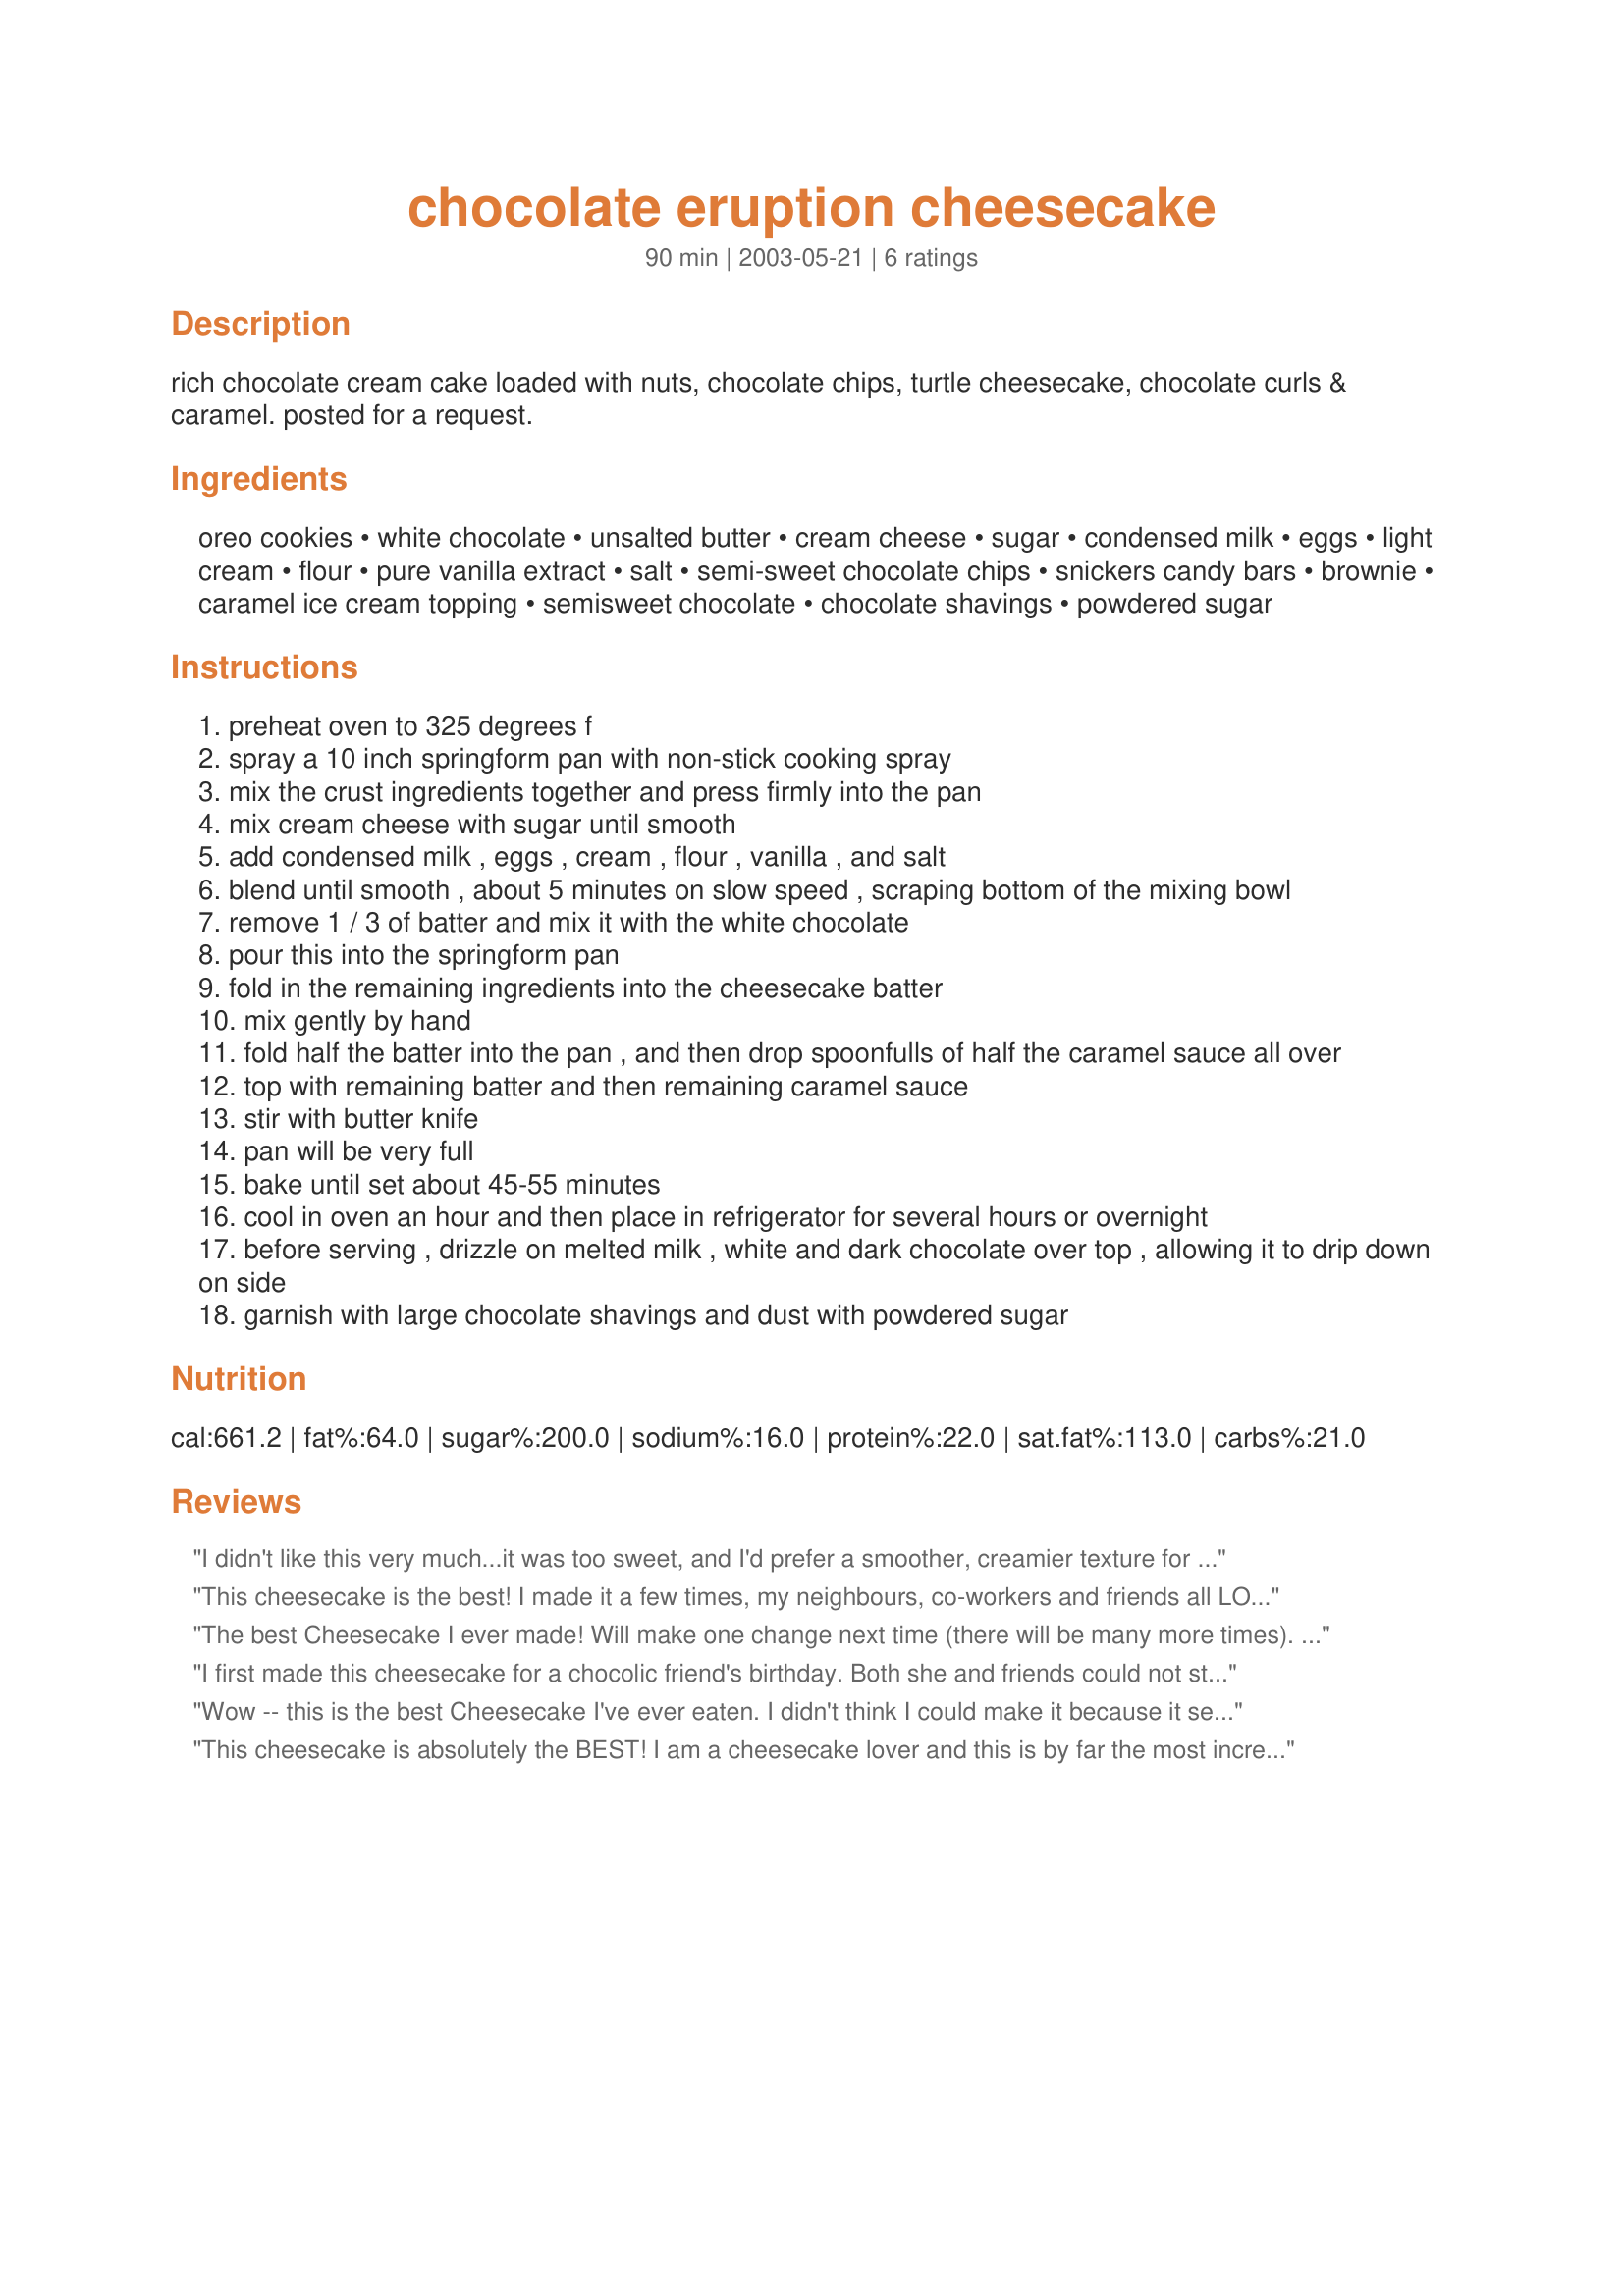
chocolate eruption cheesecake
Preparation time: 90 minutes

rich chocolate cream cake loaded with nuts, chocolate chips, turtle cheesecake, chocolate curls & caramel. posted for a request.

Ingredients:
oreo cookies, white chocolate, unsalted butter, cream cheese, sugar, condensed milk, eggs, light cream, flour, pure vanilla extract, salt, semi-sweet chocolate chips, snickers candy bars, brownie, caramel ice cream topping, semisweet chocolate, chocolate shavings, powdered sugar

Steps:
preheat oven to 325 degrees f
spray a 10 inch springform pan with non-stick cooking spray
mix the crust ingredients together and press firmly into the pan
mix cream cheese with sugar until smooth
add condensed milk , eggs , cream , flour , vanilla , and salt
blend until smooth , about 5 minutes on slow speed , scraping bottom of the mixing bowl
remove 1 / 3 of batter and mix it with the white chocolate
pour this into the springform pan
fold in the remaining ingredients into the cheesecake batter
mix gently by hand
fold half the batter into the pan , and then drop spoonfulls of half the caramel sauce all over
top with remaining batter and then remaining caramel sauce
stir with butter knife
pan will be very full
bake until set about 45-55 minutes
cool in oven an hour and then place in refrigerator for several hours or overnight
before serving , drizzle on melted milk , white and dark chocolate over top , allowing it to drip down on side
garnish with large chocolate shavings and dust with powdered sugar

Reviews:
I didn't like this very much...it was too sweet, and I'd prefer a smoother, creamier texture for cheesecakes.
This cheesecake is the best! I made it a few times, my neighbours, co-workers and friends all LOVED it!
The best Cheesecake I ever made! Will make one change next time (there will be many more times). I will try omitting the caramel ice cream topping as I found this made the cake too sweet. Very rich & creamy & everyone loved it! WOW!
I first made this cheesecake for a chocolic friend's birthday. Both she and friends could not stop raving about. In fact we had a be quiet on one occasion whilst my friend ate it. 
The only thing I did differently was to leave out the sugar and condensed milk and added 1/3 cup rum cream instead of the cream.
I have made it several more times each time to rave reviews. I did not mix one part batter with the white chocolate the second and subsequent times I made it and found no difference. Without exception, all who have ate it says its the best cheesecake they've ever had - even better than Cheesecake Factory. Wow!
Wow -- this is the best Cheesecake I've ever eaten. I didn't think I could make it because it seemed too complicated for me (I don't bake). Much to my surprise -- I did it and everyone absolutely loved it. I followed the recipe exactly but next time I think I'll also add the white chocolate to the entire batter.
Just call me Chef Deb
This cheesecake is absolutely the BEST! I am a cheesecake lover and this is by far the most incredible cheesecake I have ever had! I have made it dozens of times and I always get oohs and ahhs! I garnish this cake with brownie wedges, caramel and chocolate curls. TO DIE FOR!!!!!!!!!!!!
